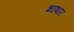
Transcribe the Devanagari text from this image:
भाषार